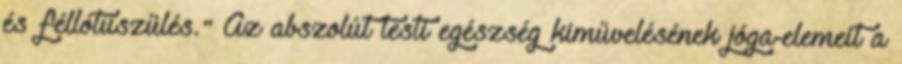
és féllótuszülés." Az abszolút testi egészség kiművelésének jóga-elemeit a